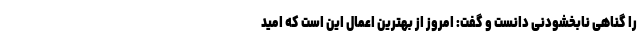
را گناهی نابخشودنی دانست و گفت: امروز از بهترین اعمال این است که امید